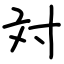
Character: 対